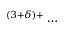
^ { ( 3 + \delta ) + } \ldots